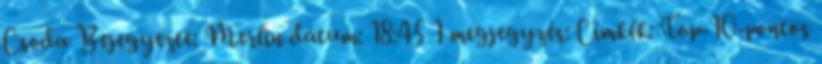
Csoda Bejegyezte: Merlin dátum: 18:45 1 megjegyzés: Címkék: Top-10-pontos